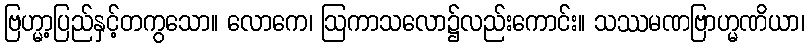
ဗြဟ္မာ့ပြည်နှင့်တကွသော။ လောကေ၊ ဩကာသလော၌လည်းကောင်း။ သဿမဏဗြာဟ္မဏိယာ၊